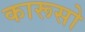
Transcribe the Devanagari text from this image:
कारूसो